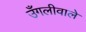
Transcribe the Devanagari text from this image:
उँगलीवाले